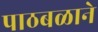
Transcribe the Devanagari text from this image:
पाठबळाने